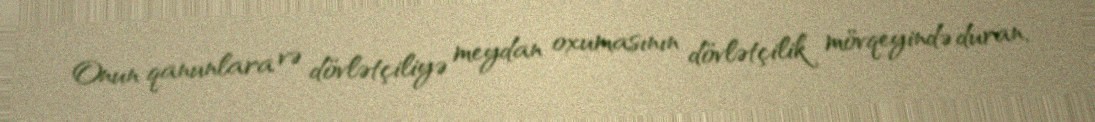
Onun qanunlara və dövlətçiliyə meydan oxumasının dövlətçilik mövqeyində duran,